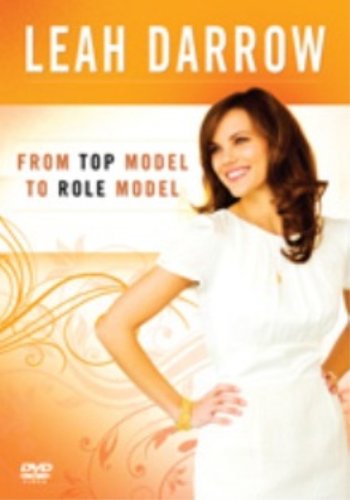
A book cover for Leah Darrow: From Top Model to Role Model; Darrow Leah; Teen & Young Adult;